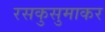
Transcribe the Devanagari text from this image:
रसकुसुमाकर